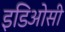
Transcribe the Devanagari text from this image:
इडिओसी